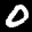
Label: 0